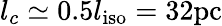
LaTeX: l_{c}\simeq 0.5l_{\mathrm{iso}}=32\mathrm{pc}